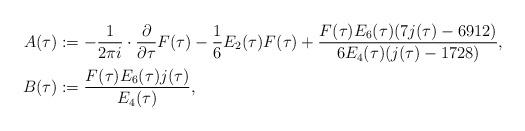
LaTeX: \begin{align*} A(\tau)&:=-\frac{1}{2\pi i}\cdot\frac{\partial}{\partial\tau} F(\tau)-\frac 16 E_2(\tau)F(\tau)+\frac{F(\tau)E_6(\tau)(7j(\tau)-6912)}{6E_4(\tau)(j(\tau)-1728)},\\ B(\tau)&:=\frac{F(\tau)E_6(\tau)j(\tau)}{E_4(\tau)},\end{align*}